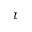
\tau